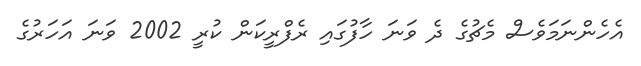
އެހެންނަމަވެސް މެޗުގެ ދެ ވަނަ ހާފުގައި ރެފްރީކަން ކުރީ 2002 ވަނަ އަހަރުގެ